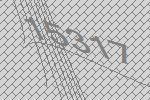
15317